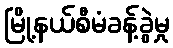
မြို့နယ်စီမံခန့်ခွဲမှု